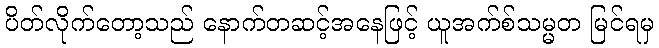
ပိတ်လိုက်တော့သည် နောက်တဆင့်အနေဖြင့် ယူအက်စ်သမ္မတ မြင်ရမှ